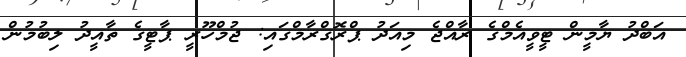
އަބްދު ޔާމީން ޓީވީއެމްގެ ރާއްޖެ މިއަދު ޕްރޮގްރާމްގައި: ޖުމްހޫރީ ޕާޓީގެ ތާއީދު ލިބުމުން